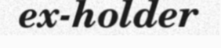
ex-holder